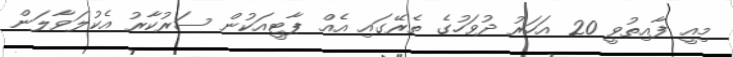
މިއީ ފާއިތުވީ 20 އަހަރު ދުވަހުގެ ތެރޭގައި އެއް ޕާޓީއަކުން ސަރުކާރު އެކުލަވާލަން